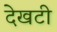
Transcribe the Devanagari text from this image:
देखटी